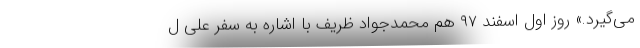
می‌گیرد.» روز اول اسفند ۹۷ هم محمدجواد ظریف با اشاره به سفر علی ل